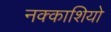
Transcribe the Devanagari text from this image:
नक्‍काशियो